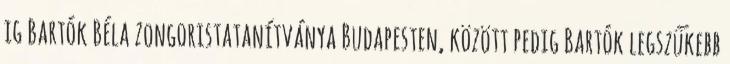
ig Bartók Béla zongoristatanítványa Budapesten, között pedig Bartók legszűkebb